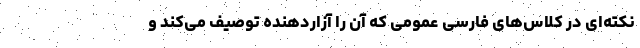
نکته‌ای در کلاس‌های فارسی عمومی که آن را آزاردهنده توصیف می‌کند و